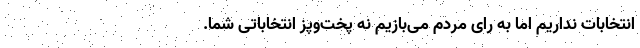
انتخابات نداریم اما به رای مردم می‌بازیم نه پخت‌و‌پز انتخاباتی شما.